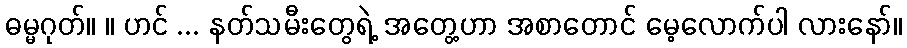
ဓမ္မဂုတ်။ ။ ဟင် ... နတ်သမီးတွေရဲ့ အတွေ့ဟာ အစာတောင် မေ့လောက်ပါ လားနော်။